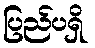
ပြည်ပရှိ